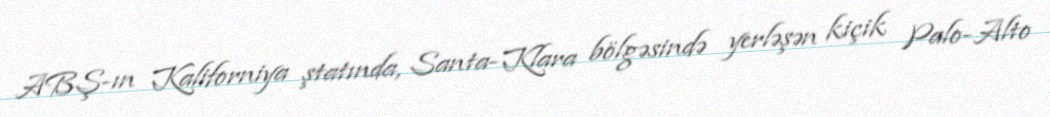
ABŞ-ın Kaliforniya ştatında, Santa-Klara bölgəsində yerləşən kiçik Palo-Alto